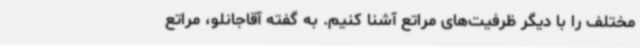
مختلف را با دیگر ظرفیت‌های مراتع آشنا کنیم. به گفته آقاجانلو، مراتع